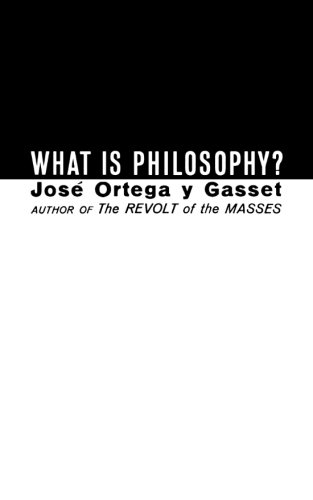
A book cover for What Is Philosophy?; JosÃ© Ortega y Gasset; Politics & Social Sciences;